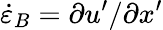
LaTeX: \dot{\varepsilon}_{B}=\partial u^{\prime}/\partial x^{\prime}